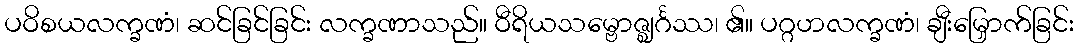
ပဝိစယလက္ခဏံ၊ ဆင်ခြင်ခြင်း လက္ခဏာသည်။ ဝီရိယသမ္ဗောဇ္ဈင်္ဂဿ၊ ၏။ ပဂ္ဂဟလက္ခဏံ၊ ချီးမြှောက်ခြင်း